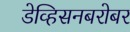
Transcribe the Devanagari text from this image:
डेव्हिसनबरोबर